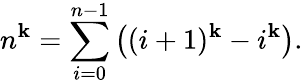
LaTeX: n^{\mathbf{k}}=\sum_{i=0}^{n-1}\left((i+1)^{\mathbf{k}}-i^{\mathbf{k}}\right).